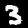
Digit: 3